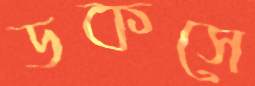
ডকসে